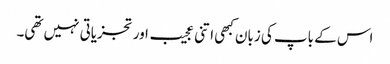
اس کے باپ کی زبان کبھی اتنی عجیب اور تجزیاتی نہیں تھی۔